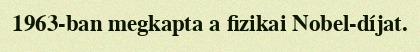
1963-ban megkapta a fizikai Nobel-díjat.